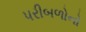
પરીબળોનો